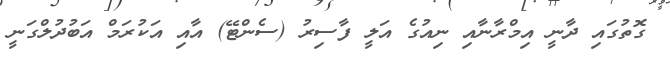
ގޮތުގައި ދާނީ އިމްރާނާއި ނިއުގެ އަލީ ފާސިރު (ސެންޓޭ) އާއި އަކުރަމް އަބުދުލްގަނީ